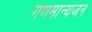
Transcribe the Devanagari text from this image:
गणमान्यजन